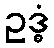
ဥဒ္ဓံ